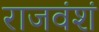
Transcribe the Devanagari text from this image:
राजवंशं